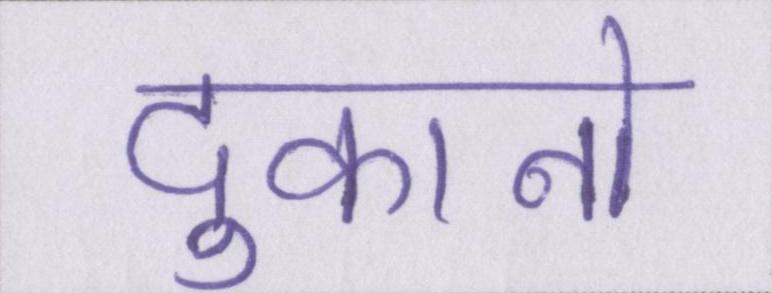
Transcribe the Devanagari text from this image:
दुकानो